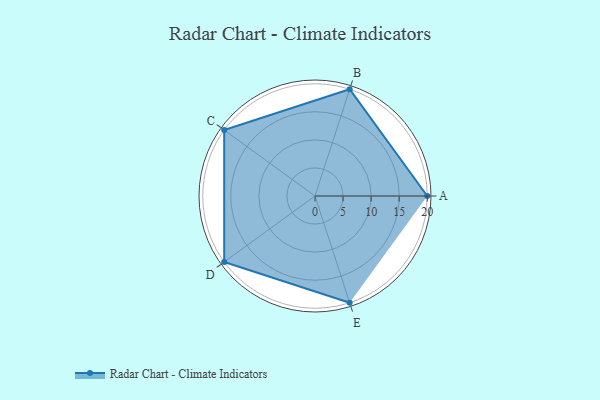
{"axis": {"x": "Skill", "y": "Score"}, "legend": ["Profile"], "data": [{"x": "A", "y": 20, "type": "Profile"}, {"x": "B", "y": 20, "type": "Profile"}, {"x": "C", "y": 20, "type": "Profile"}, {"x": "D", "y": 20, "type": "Profile"}, {"x": "E", "y": 20, "type": "Profile"}]}